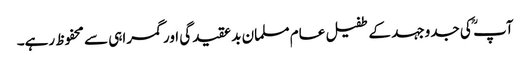
آپ ؒ کی جدوجہد کے طفیل عام مسلمان بد عقیدگی اور گمراہی سے محفوظ رہے۔